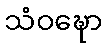
သံဝဍ္ဎော